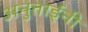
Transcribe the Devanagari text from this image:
अनुताईंनी